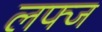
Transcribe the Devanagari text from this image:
लफ्ज